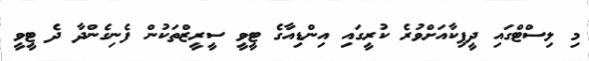
މި ލިސްޓްގައި ދީޕިކާއަށްވުރެ ކުރީގައި އިންޑިއާގެ ޓީވީ ސީރީޒްތަކުން ފެނިގެންދާ ދެ ޓީވީ